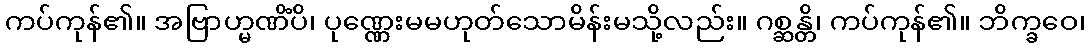
ကပ်ကုန်၏။ အဗြာဟ္မဏိံပိ၊ ပုဏ္ဏေးမမဟုတ်သောမိန်းမသို့လည်း။ ဂစ္ဆန္တိ၊ ကပ်ကုန်၏။ ဘိက္ခဝေ၊